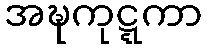
အဍ္ဎကုဋ္ဋကာ